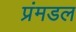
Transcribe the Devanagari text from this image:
प्रंमडल